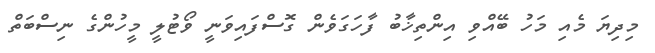
މިދިޔަ މެއި މަހު ބޭއްވި އިންތިޚާބު ފާހަގަވެން ގޮސްފައިވަނީ ވޯޓުލީ މީހުންގެ ނިސްބަތް